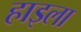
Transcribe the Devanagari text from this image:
हाइला